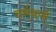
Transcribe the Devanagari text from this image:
वर्मकर्म